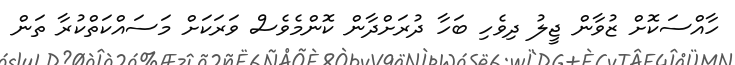
ހާއްސަކޮށް ޒުވާން ޖީލު ދިވެހި ބަހާ ދުރަށްދާން ކޮންމެވެސް ވަރަކަށް މަސައްކަތްކުރާ ތަން